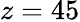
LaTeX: z=45